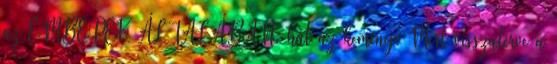
az EMBEREK ÁLTALÁBAN. hát az kemény. Mert visszatérve a